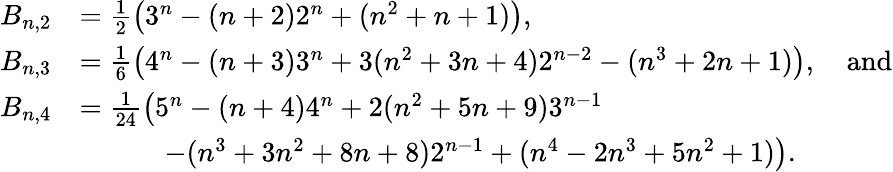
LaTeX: \begin{array}{rl}{B_{n,2}}&{=\frac{1}{2}\big(3^{n}-(n+2)2^{n}+(n^{2}+n+1)\big),}\\ {B_{n,3}}&{=\frac{1}{6}\big(4^{n}-(n+3)3^{n}+3(n^{2}+3n+4)2^{n-2}-(n^{3}+2n+1)\big),\quad\mathrm{and}}\\ {B_{n,4}}&{=\frac{1}{24}\big(5^{n}-(n+4)4^{n}+2(n^{2}+5n+9)3^{n-1}}\\ &{\qquad\quad-(n^{3}+3n^{2}+8n+8)2^{n-1}+(n^{4}-2n^{3}+5n^{2}+1)\big).}\end{array}